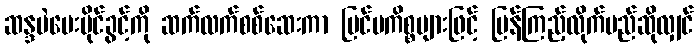
ဆန္ဒမဲပေးပိုင်ခွင့်ကို ဆက်လက်စစ်ဆေးကာ ပြင်ပကိစ္စများဖြင့် ပြန်ကြည့်လိုက်မည်ဆိုလျှင်